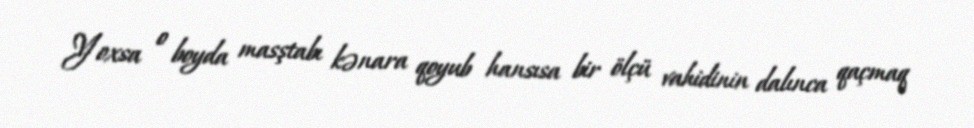
Yoxsa o boyda masştabı kənara qoyub hansısa bir ölçü vahidinin dalınca qaçmaq